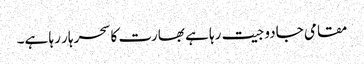
مقامی جادو جیت رہا ہے بھارت کا سحر ہار رہا ہے۔